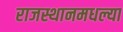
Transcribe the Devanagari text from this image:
राजस्थानमधल्या